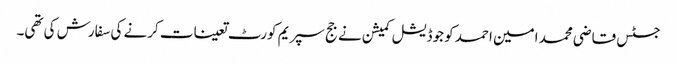
جسٹس قاضی محمد امین احمد کو جوڈیشل کمیشن نے جج سپریم کورٹ تعینات کرنے کی سفارش کی تھی۔